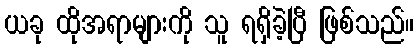
ယခု ထိုအရာများကို သူ ရရှိခဲ့ပြီ ဖြစ်သည်။